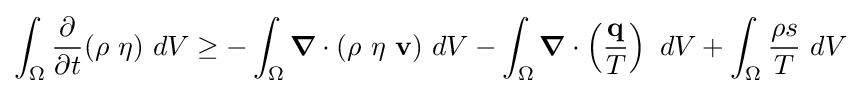
\int _{\Omega }{\frac {\partial }{\partial t}}(\rho ~\eta )~dV\geq -\int _{\Omega }{\boldsymbol {\nabla }}\cdot (\rho ~\eta ~\mathbf {v} )~dV-\int _{\Omega }{\boldsymbol {\nabla }}\cdot \left({\frac {\mathbf {q} }{T}}\right)~dV+\int _{\Omega }{\frac {\rho s}{T}}~dV